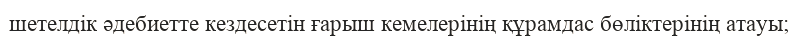
шетелдік әдебиетте кездесетін ғарыш кемелерінің құрамдас бөліктерінің атауы;